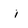
Character: i